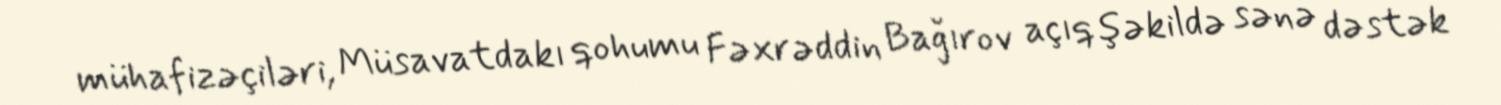
mühafizəçiləri, Müsavatdakı qohumu Fəxrəddin Bağırov açıq şəkildə sənə dəstək